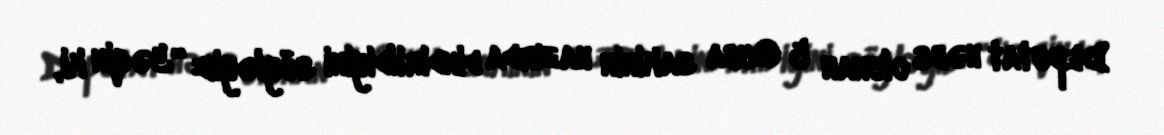
Deputat həbs olunan 5 Quba sakinin hazırda dindirildiyini söyləyib: “Yəqin ki,